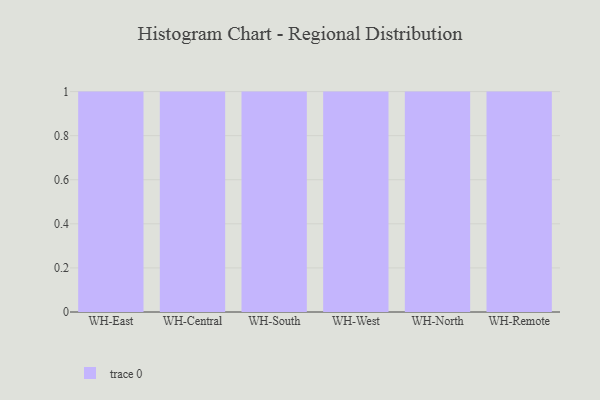
{"axis": {"x": "Warehouse", "y": "Operating Costs (USD K)"}, "legend": [""], "data": [{"x": "WH-East", "y": 54, "type": ""}, {"x": "WH-Central", "y": 22, "type": ""}, {"x": "WH-South", "y": 2, "type": ""}, {"x": "WH-West", "y": 66, "type": ""}, {"x": "WH-North", "y": 78, "type": ""}, {"x": "WH-Remote", "y": 23, "type": ""}]}